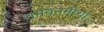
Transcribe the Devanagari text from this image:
रामवनमीचा